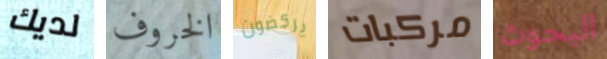
لديك الخروف يركضون مركبات البحوث